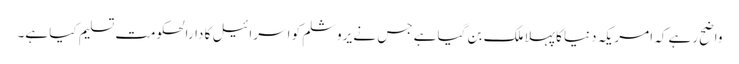
واضح رہے کہ امریکہ دنیا کا پہلا ملک بن گیا ہے جس نے یروشلم کو اسرائیل کا دارالحکومت تسلیم کیا ہے۔